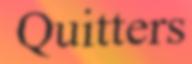
Quitters